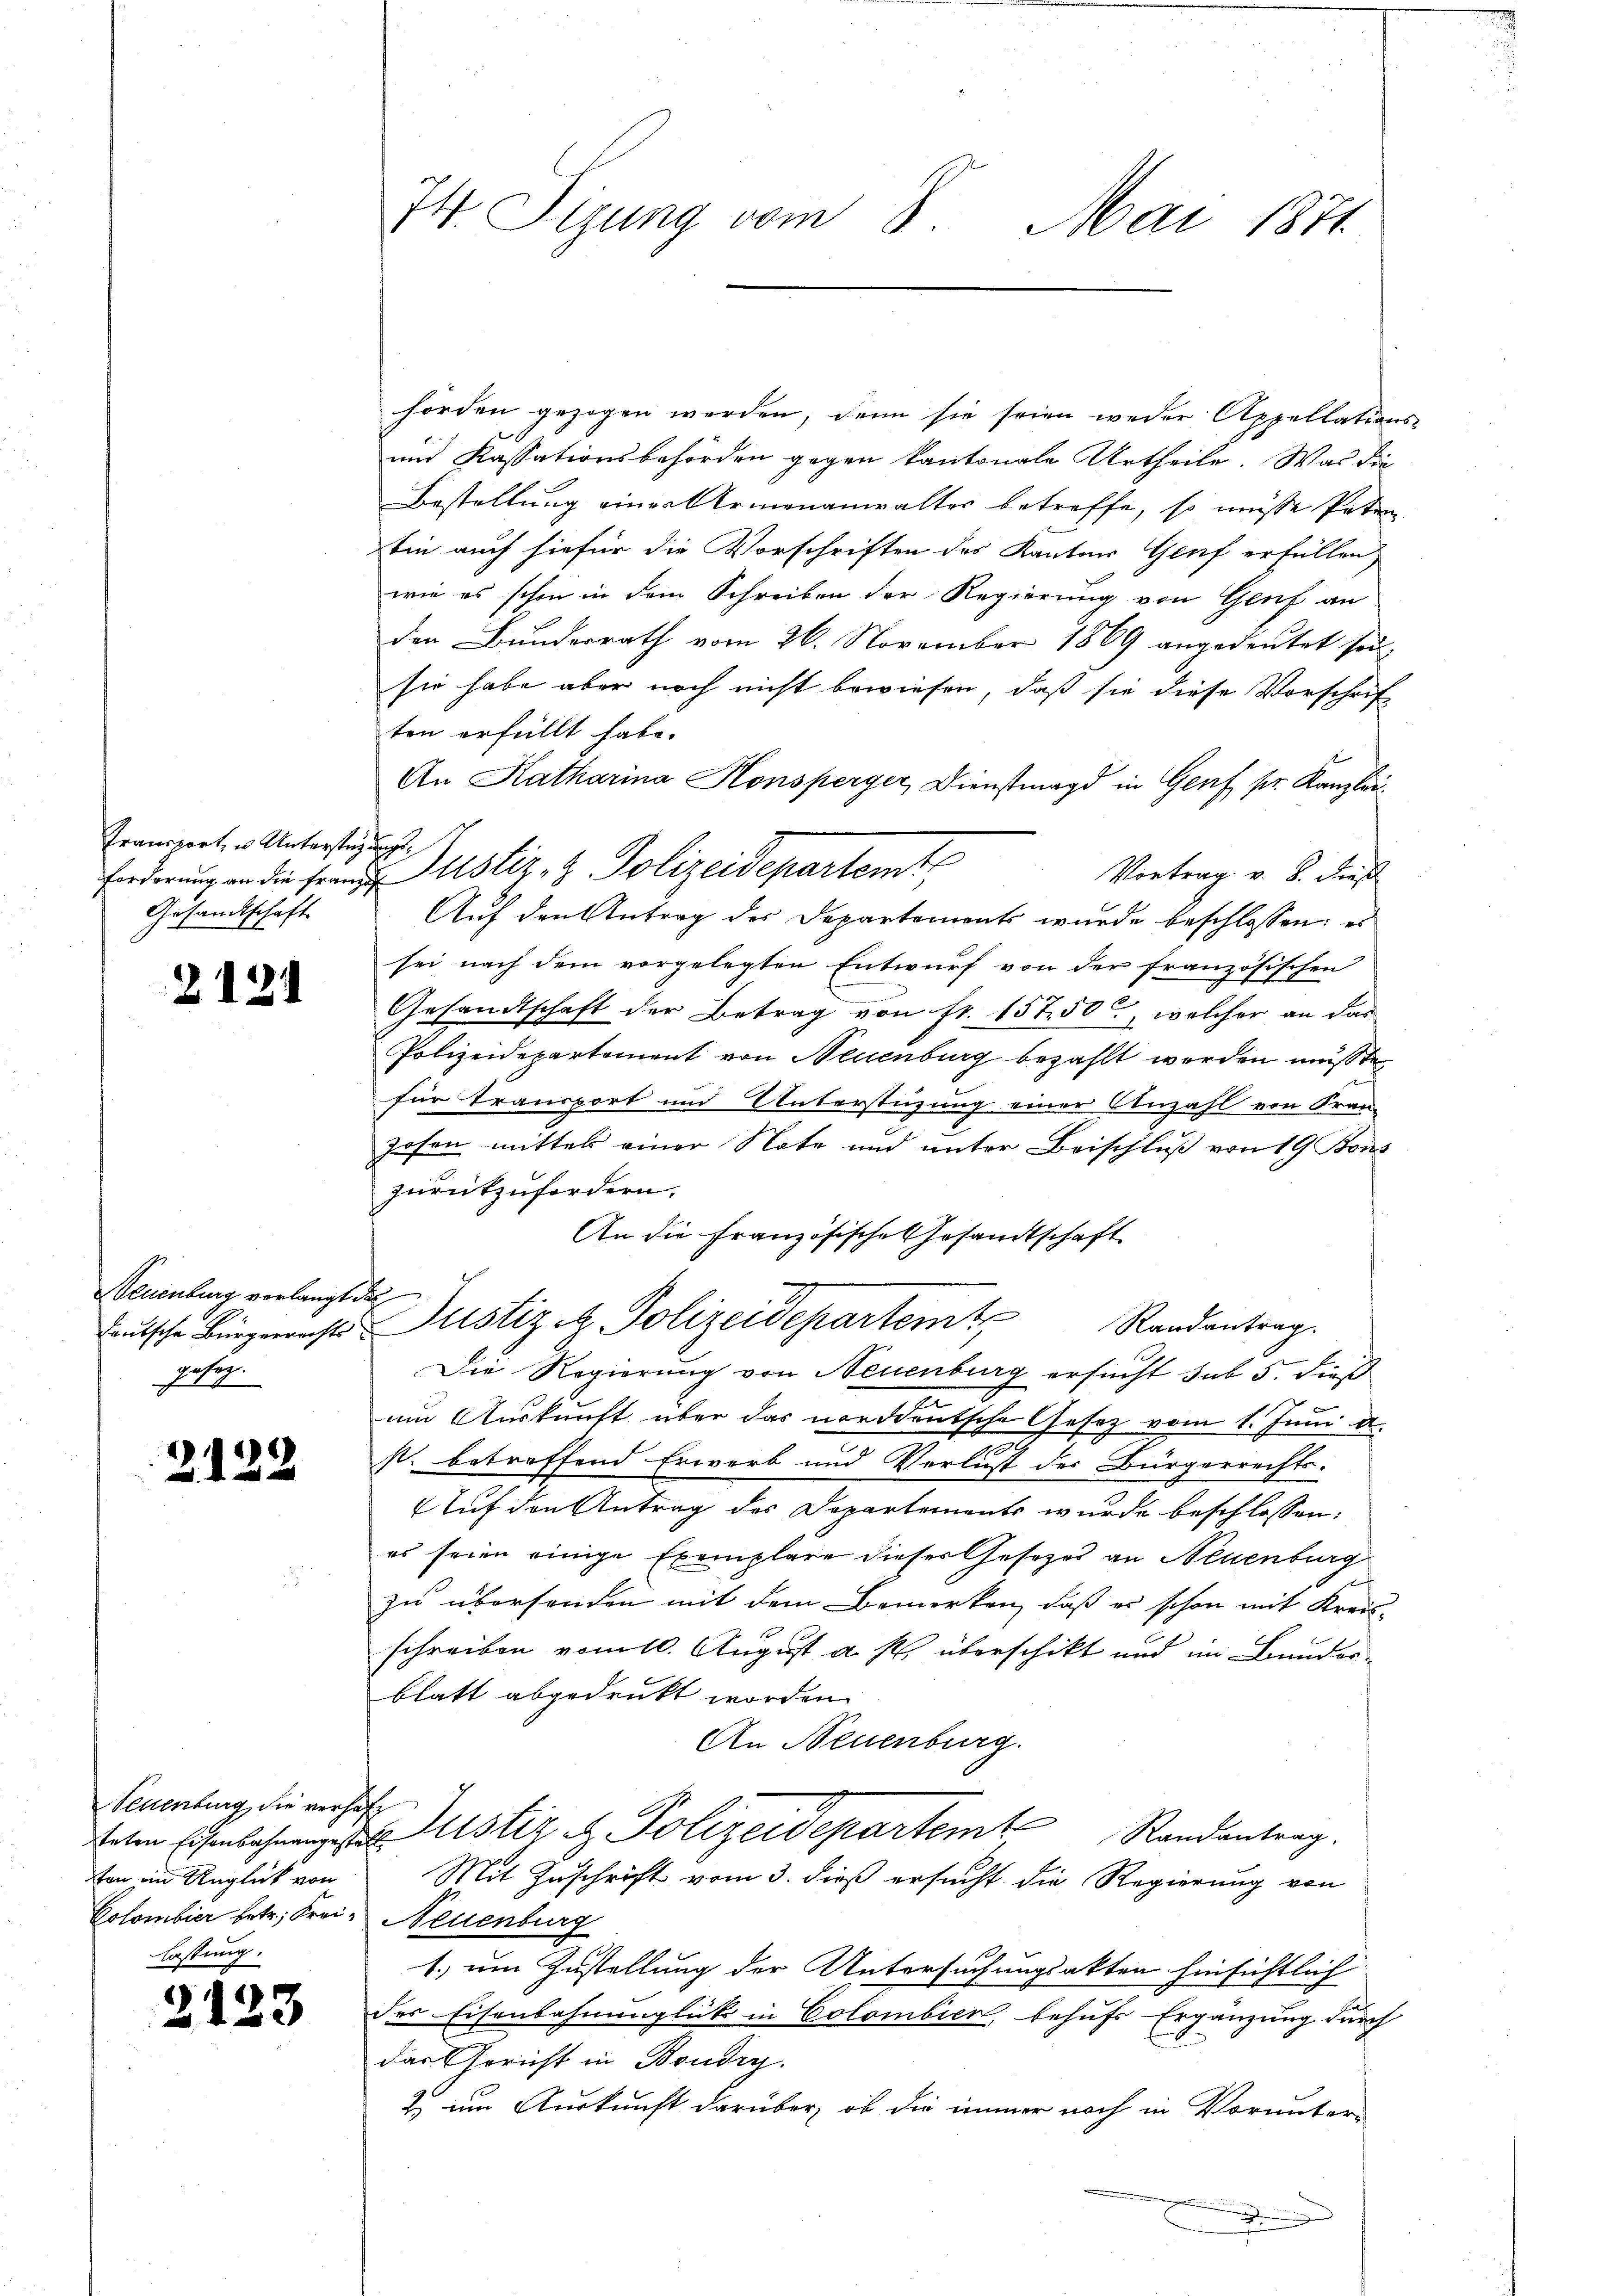
Transport, u. Unterstüzungs¬
Gesandtschaft

2121

Neuenburg verlangt das
ose.

2132

Teuenburg die verhaft
ten ein Unglück von
Colombier betr. Frei¬

2

123

74. Sigung vom 8. Mai 1871

hörden gezogen werden, denn sie seien weder Appellations-
und Kassationsbehörden gegen kantonale Urtheile. Was die
Bestellung eines Armenanwalter betreffe, so müsse Paten
bin auch hiefür die Vorschriften des Kantons Genf erfüllen
wie es schon in dem Schreiben der Regierung von Genf an
den Bunderrath vom 26. November 1869 angedeutet sei,
sie habe aber noch nicht bewiesen, daß sie diese Vorschrif
ten erfüllt habe.
An Katharina Honsperger, Dienstmagd in Genf pr. Kanzlau¬
Forderung an die Frau Justiz- & Polizeidepartemte
Vortrag v. 8. dieß
Auf den Antrag des Departements wurde beschlossen: es
sei nach dem vorgelegten Entwurf von der französischen
Gesandtschaft der Betrag von fr. 15750, welcher an das
Polizeidepartement von Neuenburg bezahlt werden müßte.
für Transport und Unterstüzung einer Anzahl von Fran
zosen mittel einer Note und unter Beischluß von 19 Bons
zurückzufordern.
An die Französische Gesandtschaft
deŭtsche Bürgerreste Justiz & Polizeidepartem Randantrag.
Die Regierung von Neuenburg ersucht sub 5. dieß
am Auskunft über das norddeutsche Gesetz vom 1. Juni d.
st. betreffend Erwerb und Verlust der Bürgerrechts-
Auf den Antrag des Departements wurde beschlossen:
es seien einige Exemplare dieser Gesetzes an Neuenburg
zu übersenden mit dem Bemerken, daß es schon mit Kreis-
schreiben vom 10. August a. p. überschikt und im Banderblatt abgedruckt worden.
An Neuenburg.
teten Eisenbahrenges Mistiz & Polizeidepartem Randantrag.
Mit Zuschrift vom 3. dieß ersucht die Regierung von
Neuenburg
1.) um Zustellung der Untersuchungsakten hinsichtlich
des Eisenbahnunglück in Colombien, behufs Ergänzung durch
das Gericht in Boudry.
2 um Auskunft darüber, ob die immer noch in Vorunter-
J
d